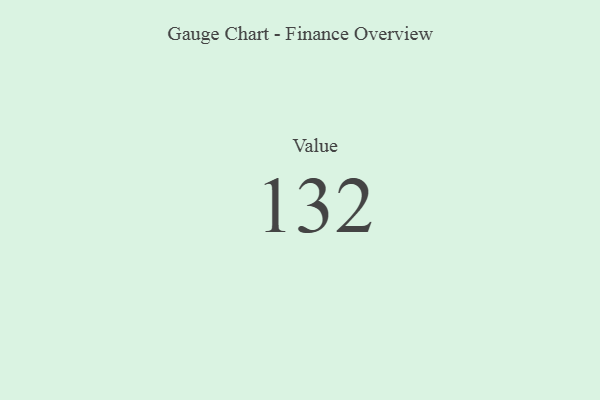
{"axis": {"x": "Metric", "y": "Value"}, "legend": [""], "data": [{"x": "Value", "y": 132, "type": ""}]}